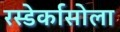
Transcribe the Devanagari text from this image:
रस्डेर्कासोला